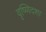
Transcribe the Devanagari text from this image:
वृष्णिदशा